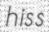
hiss